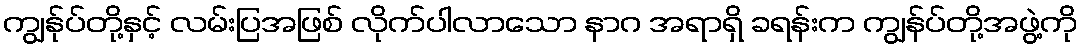
ကျွန်ုပ်တို့နှင့် လမ်းပြအဖြစ် လိုက်ပါလာသော နာဂ အရာရှိ ခရန်းက ကျွန်ပ်တို့အဖွဲ့ကို